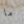
ما